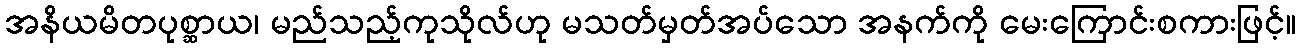
အနိယမိတပုစ္ဆာယ၊ မည်သည့်ကုသိုလ်ဟု မသတ်မှတ်အပ်သော အနက်ကို မေးကြောင်းစကားဖြင့်။